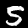
Digit: 5